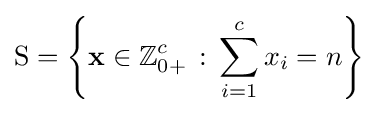
\mathrm {S} =\left\{\mathbf {x} \in \mathbb {Z} _{0+}^{c}\,:\,\sum _{i=1}^{c}x_{i}=n\right\}